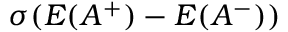
\sigma ( { E } ( A ^ { + } ) - { E } ( A ^ { - } ) )